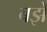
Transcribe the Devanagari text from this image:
बझे